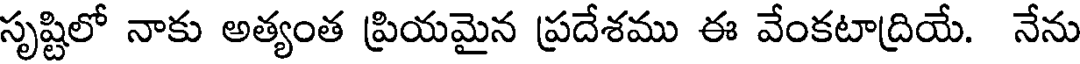
సృష్టిలో నాకు అత్యంత ప్రియమైన ప్రదేశము ఈ వేంకటాద్రియే. నేను